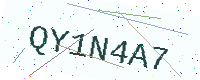
Text: QY1N4A7